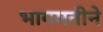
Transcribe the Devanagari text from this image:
भागमतीने